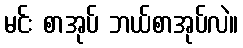
မင်း စာအုပ် ဘယ်စာအုပ်လဲ။